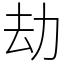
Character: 劫